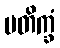
ပတိက္ခံ